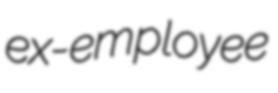
ex-employee